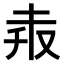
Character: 𠬼